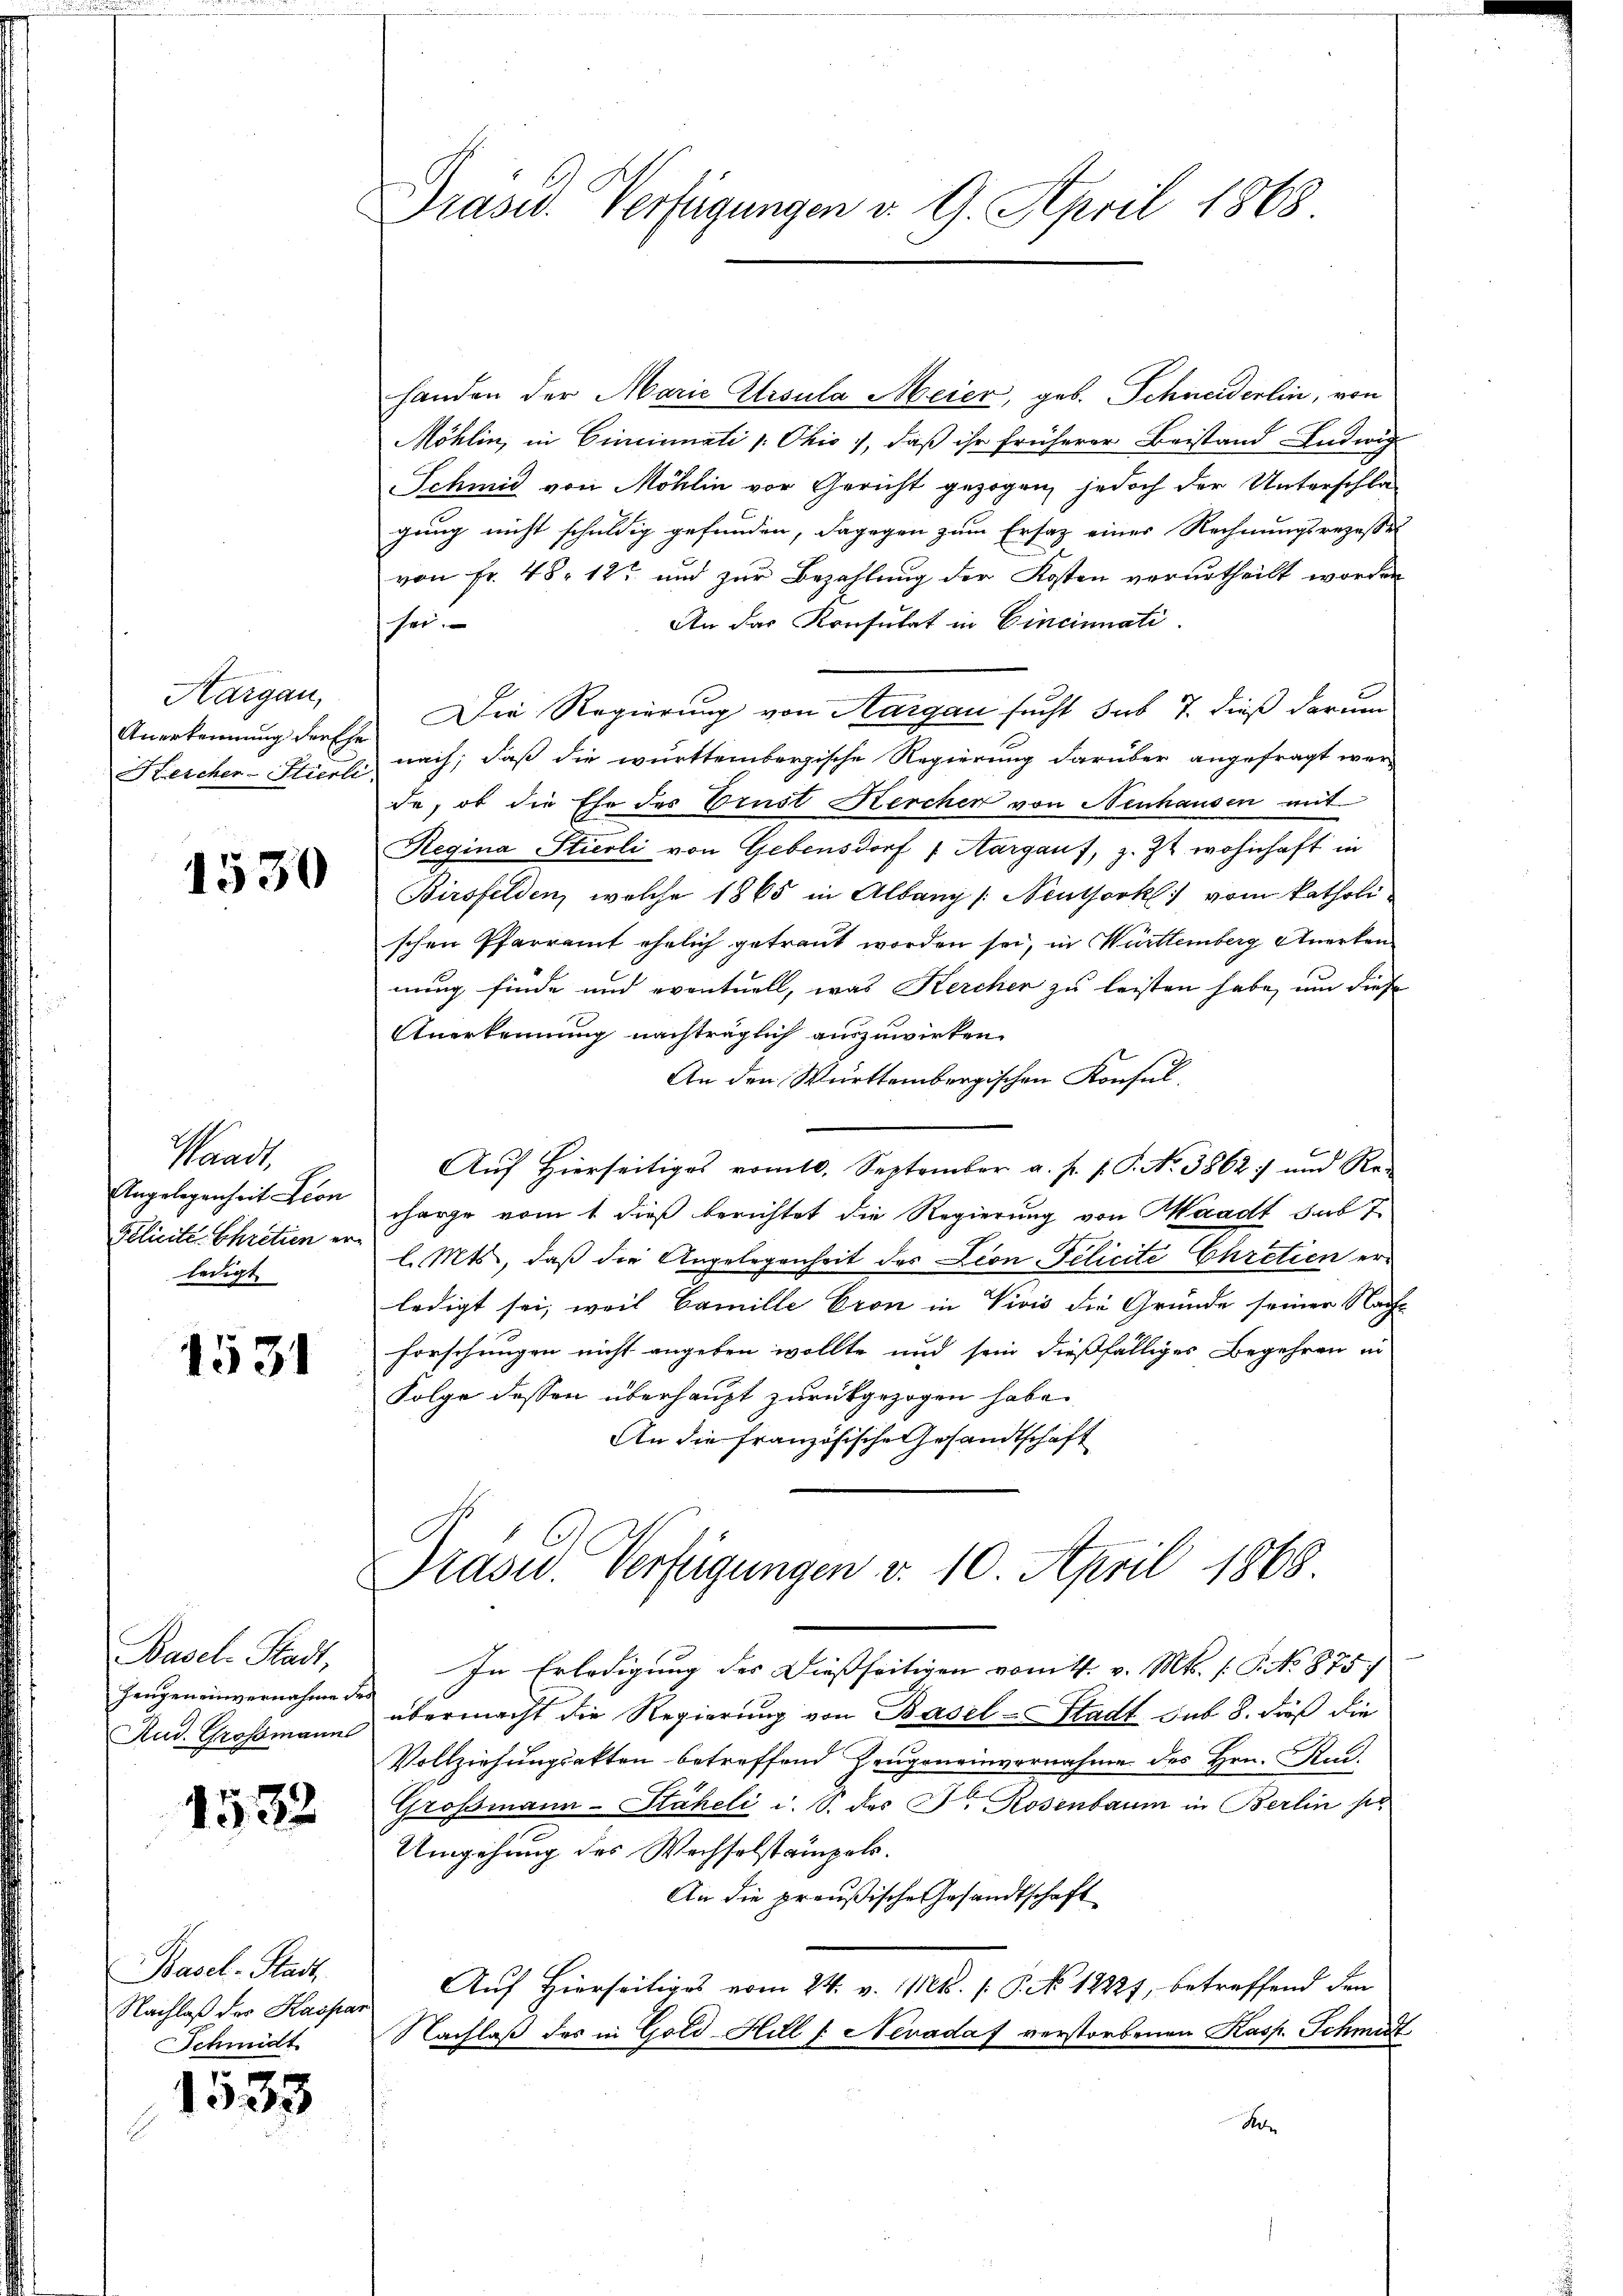
Aargau,
Anerkennung der Ehe
Kescher-Stierte

1530

Waadt,
Angelegenheit Lion
Pblicite Chretien er
ledigt

1531

Basel-Stadt,
Zeugen einvernahme de
Rud. Grossmanns

1532

Basel-Stadt
Nachlaß der Kaspar
Schmidt

1533

Präsid. Verfügungen v. 9. April 1868

handen der Marie Ursula Meier, geb. Schneiderlin, von
Möhlin, in Cincinati v. Ohio, daß ihr früherer Beistand Indwig
Schmid von Möhlin vor Gericht gezogen, jedoch der Unterschla
gung nicht schuldig gefunden, dagegen zum Ersatz eines Rechnungsrezessel
von Fr. 48. 12t und zur Bezahlung der Kosten verurtheilt worden
An das Konsulat in Cincinati
sei.
Die Regierung von Aargau sucht sub 7. dieß darum
nach, daß die württembergische Regierung darüber angefragt werde, ob die Ehe des Brust Kerchen von Neuhausen mit
Regina Stierli von Gebensdorf  Aargauf, z. Zt. wohnhaft in
Birsfelden, welche 1865 in Albang /: Neuthork vom katholi
schen Pfarramt ehelich getraut worden sei, in Württemberg Anerken
nung finde und eventuell, was Kercher zu leisten habe, um diese
Anerkennung nachträglich auszuwirken.
An den Württembergischen Konsul,
Auf Hierseitiges vom 10. September a. p. p. P. No. 3862) und Re-
charge vom 1 dieß berichtet die Regierung von Waadt sub 7
l. Mts., daß die Angelegenheit des Leon Pilicite Ehretien erledigt sei, weil Famille Pron in Vivis die Gründe seiner Nach
forschungen nicht angeben wollte und sein dießfälliges Begehren in
Folge dessen überhaupt zurückgezogen habe.
An die Französische Gesandtschaft
Präsid. Verfügungen v. 10. April 1868
In Erledigung des Dießseitigen vom 4. v. Mts. s. S. No 875
übermacht die Regierung von Basel-Stadt sub 8. Froß die
Vollziehungsakten betreffend Zeugeneinvernahme des Hrn. Rud.
Grossmann-Stäheli i. S. des Fr. Rosenbaum in Berlin sel
Umgehung des Wechselstampol.
An die preußische Gesandtschaft
Auf Hierseitiges vom 24. v. Mts. (: P. No 1282), betreffend den
Nachlaß des in Gold Hill /: Nevadaf verstorbenen Kasp. Schmidt
e